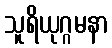
သူရိယုဂ္ဂမနာ